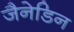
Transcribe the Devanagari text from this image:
जैनेडिन